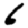
Digit: 6